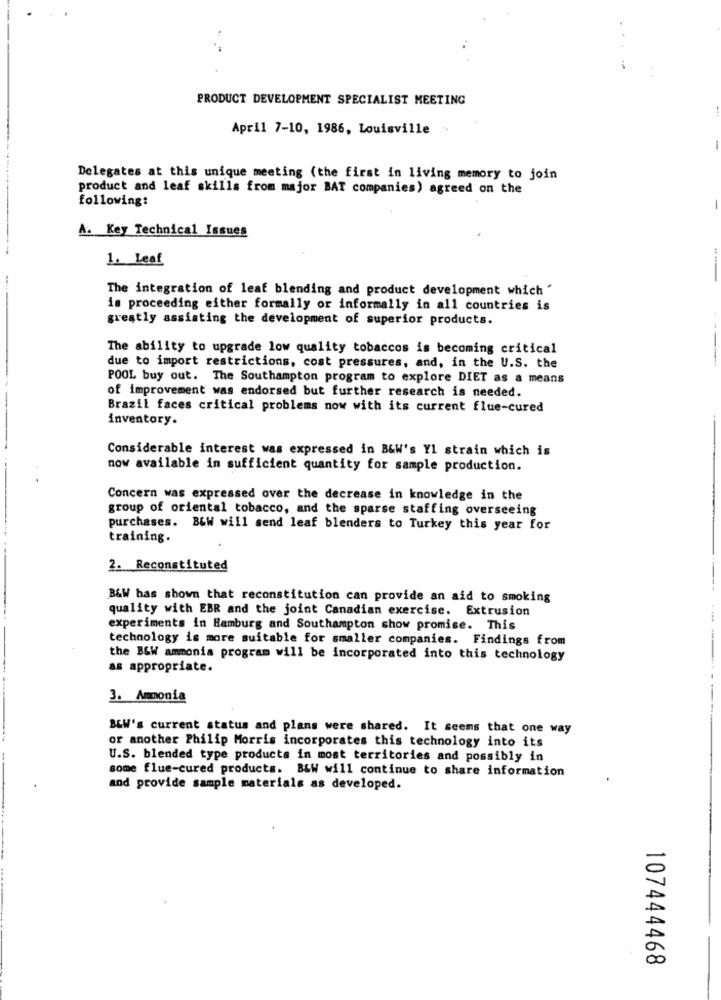
..
PRODUCT DEVELOPMENT SPECIALIST MEETING
April 7-10, 1986, Louisville
Delegates at this unique meeting (the first in living memory to join
product and leaf skills from major BAT companies) agreed on the
following:
A. Key Technical Issues
1. Leaf
...
The integration of leaf blending and product development which "
is proceeding either formally or informally in all countries is
greatly assisting the development of superior products.
The ability to upgrade low quality tobaccos is becoming critical
due to import restrictions, cost pressures, and, in the U.S. the
POOL buy out. The Southampton program to explore DIET as a means
of improvement was endorsed but further research is needed.
Brazil faces critical problems now with its current flue-cured
inventory.
Considerable interest was expressed in B&W's Y1 strain which is
now available in sufficient quantity for sample production.
Concern was expressed over the decrease in knowledge in the
group of oriental tobacco, and the sparse staffing overseeing
purchases. B&W will send leaf blenders to Turkey this year for
training.
2. Reconstituted
---
B&W has shown that reconstitution can provide an aid to smoking
quality with EBR and the joint Canadian exercise. Extrusion
experiments in Hamburg and Southampton show promise. This
technology is more suitable for smaller companies. Findings from
the B&W ammonia program will be incorporated into this technology
as appropriate.
3. Ammonia
B&W's current status and plans were shared. It seems that one way
or another Philip Morris incorporates this technology into its
U.S. blended type products in most territories and possibly in
some flue-cured products. B&W will continue to share information
and provide sample materials as developed.
107444468